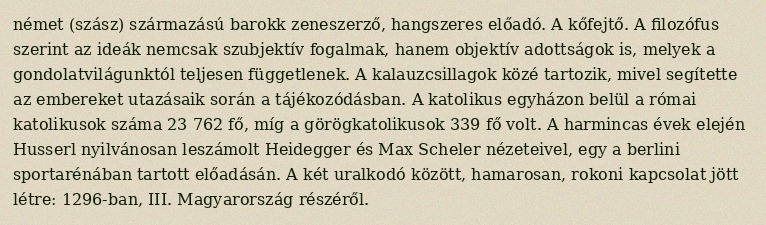
német (szász) származású barokk zeneszerző, hangszeres előadó. A kőfejtő. A filozófus szerint az ideák nemcsak szubjektív fogalmak, hanem objektív adottságok is, melyek a gondolatvilágunktól teljesen függetlenek. A kalauzcsillagok közé tartozik, mivel segítette az embereket utazásaik során a tájékozódásban. A katolikus egyházon belül a római katolikusok száma 23 762 fő, míg a görögkatolikusok 339 fő volt. A harmincas évek elején Husserl nyilvánosan leszámolt Heidegger és Max Scheler nézeteivel, egy a berlini sportarénában tartott előadásán. A két uralkodó között, hamarosan, rokoni kapcsolat jött létre: 1296-ban, III. Magyarország részéről.